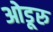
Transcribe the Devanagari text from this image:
ओडूरु